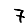
Digit: 7